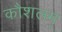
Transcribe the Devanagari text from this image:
कौशलम्